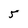
Character: 5